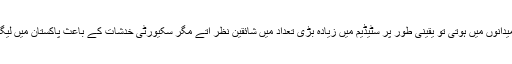
اگر یہ لیگ پاکستان کے میدانوں میں ہوتی تو یقینی طور پر سٹیڈیم میں زیادہ بڑی تعداد میں شائقین نظر آتے مگر سکیورٹی خدشات کے باعث پاکستان میں لیگ کا انعقاد ممکن نہیں تھا۔